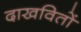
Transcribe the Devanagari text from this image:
दाखवितों